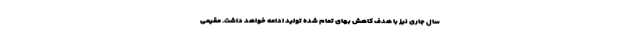
سال جاری نیز با هدف کاهش بهای تمام شده تولید ادامه خواهد داشت. مقیمی